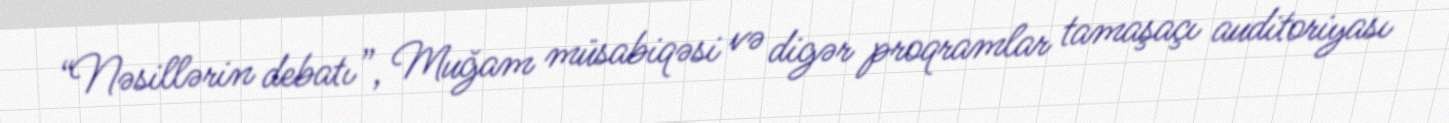
“Nəsillərin debatı”, Muğam müsabiqəsi və digər proqramlar tamaşaçı auditoriyası